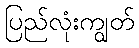
ပြည်လုံးကျွတ်